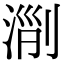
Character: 𣶄